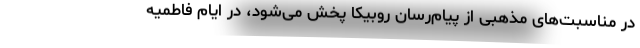
در مناسبت‌های مذهبی از پیام‌رسان روبیکا پخش می‌شود، در ایام فاطمیه